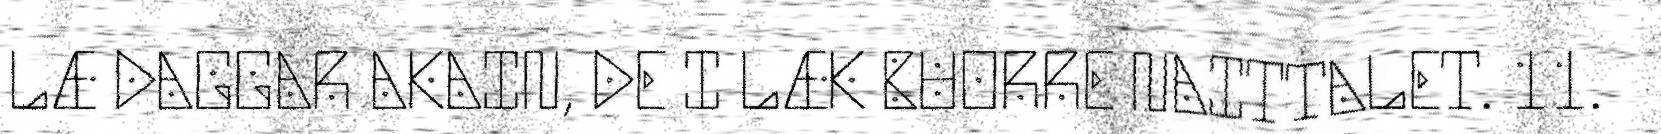
LÆ DAGGAR AKAIN, DE I LÆK BUORRE NAITTALET. 11.